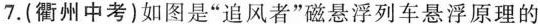
7.(衢州中考)如图是”追风者”磁悬浮列车悬浮原理的